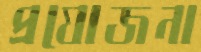
প্রযোজনা